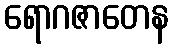
ရောဂဇာတေန